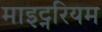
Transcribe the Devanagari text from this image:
माइट्नरियम